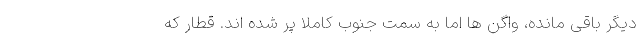
دیگر باقی مانده، واگن ها اما به سمت جنوب کاملا پر شده اند. قطار که